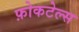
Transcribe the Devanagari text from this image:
फ़ोकटेल्स